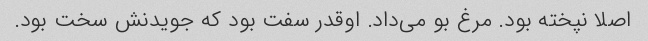
اصلا نپخته بود. مرغ بو می‌داد. اوقدر سفت بود که جویدنش سخت بود.